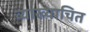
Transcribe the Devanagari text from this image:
व्याख्याचित